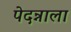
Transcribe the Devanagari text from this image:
पेदन्नाला